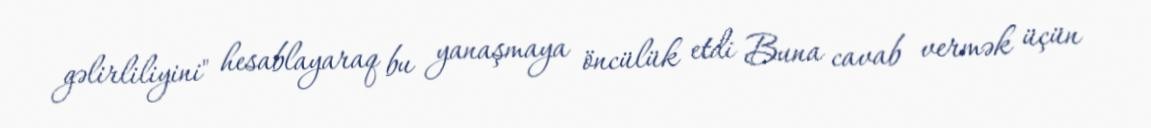
gəlirliliyini" hesablayaraq bu yanaşmaya öncülük etdi Buna cavab vermək üçün